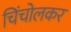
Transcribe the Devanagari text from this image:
चिंचोलकर